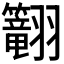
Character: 𬖅